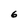
Character: 6